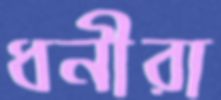
ধনীরা